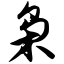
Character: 枭